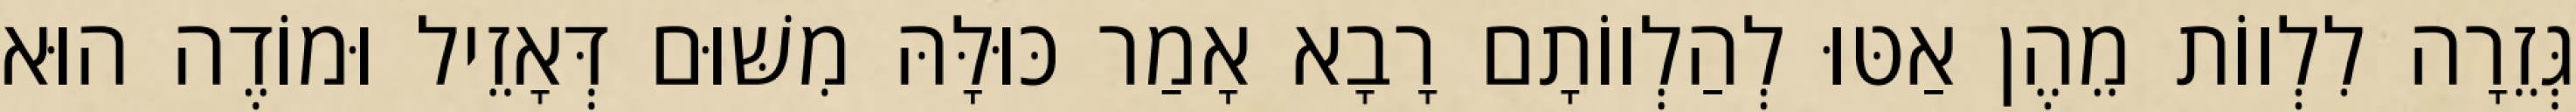
גְּזֵרָה לִלְווֹת מֵהֶן אַטּוּ לְהַלְווֹתָם רָבָא אָמַר כּוּלָּהּ מִשּׁוּם דְּאָזֵיל וּמוֹדֶה הוּא